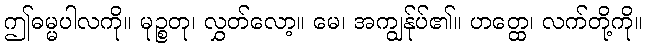
ဤဓမ္မပါလကို။ မုဉ္စတု၊ လွှတ်လော့။ မေ၊ အကျွန်ုပ်၏။ ဟတ္ထေ၊ လက်တို့ကို။